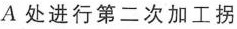
处进行第二次加工拐